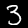
Label: 3